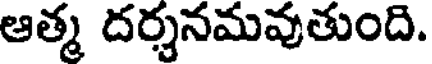
ఆత్మ దర్శనమవుతుంది.